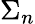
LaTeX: \Sigma_{n}